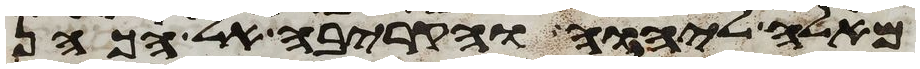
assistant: מאלה ליהוה והקריבה אל הכהן